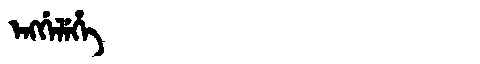
Manchu: ᡝᠩᡤᡝᠯᡝᡥᡝ
Romanization: ENGGELEHE